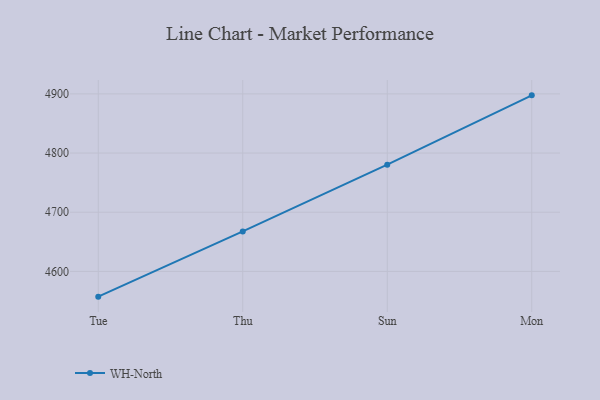
{"axis": {"x": "Day", "y": "Headcount"}, "legend": ["WH-North"], "data": [{"x": "Tue", "y": 4557.3, "type": "WH-North"}, {"x": "Thu", "y": 4667.5, "type": "WH-North"}, {"x": "Sun", "y": 4780.3, "type": "WH-North"}, {"x": "Mon", "y": 4897.5, "type": "WH-North"}]}